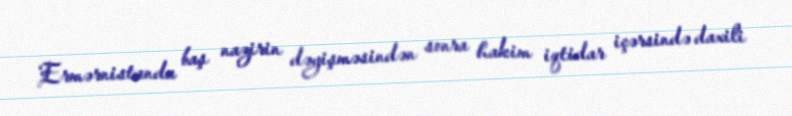
Ermərnistanda baş nazirin dəyişməsindən sonra hakim iqtidar içərsində daxili